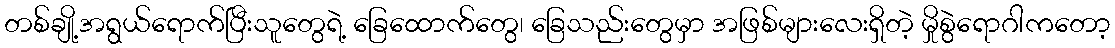
တစ်ချို့အရွယ်ရောက်ပြီးသူတွေရဲ့ ခြေထောက်တွေ၊ ခြေသည်းတွေမှာ အဖြစ်များလေးရှိတဲ့ မှိုစွဲရောဂါကတော့